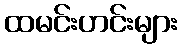
ထမင်းဟင်းများ